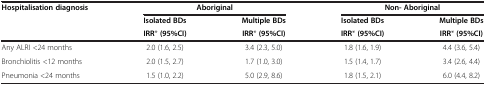
| Hospitalisation diagnosis | <COLSPAN=2> Aboriginal | <COLSPAN=2> Non- Aboriginal |
 |  | Isolated BDs | Multiple BDs | Isolated BDs | Multiple BDs |
 |  | IRR* (95%CI) | IRR* (95%CI) | IRR* (95%CI) | IRR* (95%CI) |
 | --- | --- | --- | --- | --- |
 | Any ALRI <24 months | 2.0 (1.6, 2.5) | 3.4 (2.3, 5.0) | 1.8 (1.6, 1.9) | 4.4 (3.6, 5.4) |
 | Bronchiolitis <12 months | 2.0 (1.5, 2.7) | 1.7 (1.0, 3.0) | 1.5 (1.4, 1.7) | 3.4 (2.6, 4.4) |
 | Pneumonia <24 months | 1.5 (1.0, 2.2) | 5.0 (2.9, 8.6) | 1.8 (1.5, 2.1) | 6.0 (4.4, 8.2) |